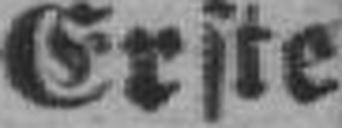
Erste